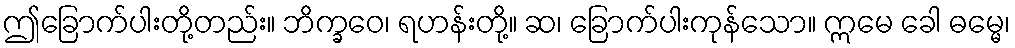
ဤခြောက်ပါးတို့တည်း။ ဘိက္ခဝေ၊ ရဟန်းတို့။ ဆ၊ ခြောက်ပါးကုန်သော။ ဣမေ ခေါ ဓမ္မေ၊